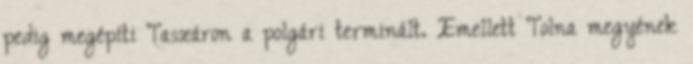
pedig megépíti Taszáron a polgári terminált. Emellett Tolna megyének